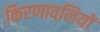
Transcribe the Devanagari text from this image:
किरणावलियों